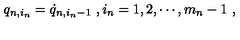
q _ { n , i _ { n } } = \dot { q } _ { n , i _ { n } - 1 } \ , i _ { n } = 1 , 2 , \cdots , m _ { n } - 1 \ ,